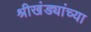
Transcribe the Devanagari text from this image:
श्रीखंड्यांच्या